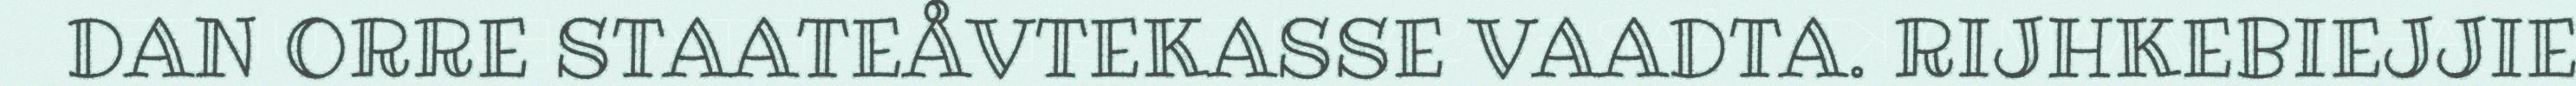
DAN ORRE STAATEÅVTEKASSE VAADTA. RIJHKEBIEJJIE